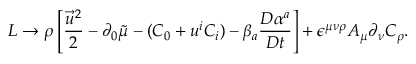
{ \cal L } \rightarrow \rho \left[ \frac { \vec { u } ^ { 2 } } { 2 } - \partial _ { 0 } \tilde { \mu } - ( C _ { 0 } + u ^ { i } C _ { i } ) - \beta _ { a } \frac { D \alpha ^ { a } } { D t } \right] + \epsilon ^ { \mu \nu \rho } A _ { \mu } \partial _ { \nu } C _ { \rho } .